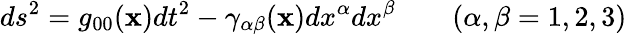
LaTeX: ds^{2}=g_{00}({\mathbf x})dt^{2}-\gamma_{\alpha\beta}({\mathbf x})dx^{\alpha}dx^{\beta}\qquad(\alpha,\beta=1,2,3)